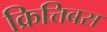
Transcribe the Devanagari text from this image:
क्रित्तिबस